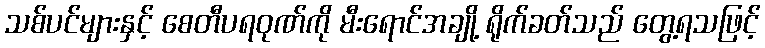
သစ်ပင်များနှင့် စေတီပရဝုဏ်ကို မီးရောင်အချို့ ရိုက်ခတ်သည် တွေ့ရသဖြင့်